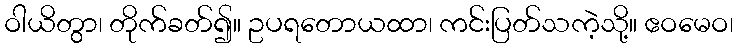
ဝါယိတွာ၊ တိုက်ခတ်၍။ ဥပရတောယထာ၊ ကင်းပြတ်သကဲ့သို့။ ဧဝမေဝ၊